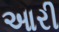
આરી